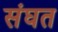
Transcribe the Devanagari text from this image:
संघत